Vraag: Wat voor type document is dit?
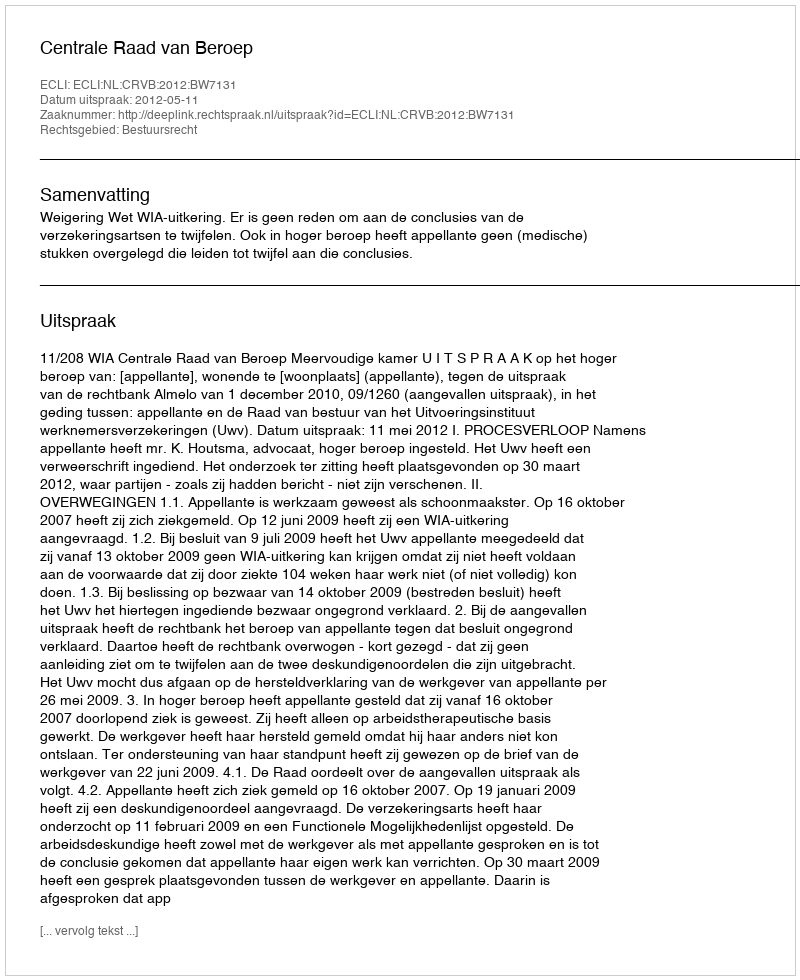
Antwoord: Uitspraak